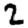
Digit: 2